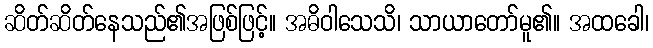
ဆိတ်ဆိတ်နေသည်၏အဖြစ်ဖြင့်။ အဓိဝါသေသိ၊ သာယာတော်မူ၏။ အထခေါ၊